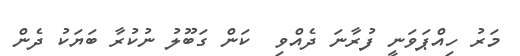
މަރު ހިއްޕަވަނީ ފުރާނަ ދެއްވި  ކަން ގަބޫލު ނުކުރާ ބަޔަކު ދެން